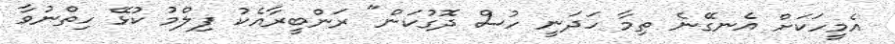
އެމީހަކަށް އެނގޭނެ ތިމާ ހަދަނީ ހުސް ދޮގުކަން" ރަންބީރާއެކު ފިލްމު ކުޅޭ ހިތްނުވާ